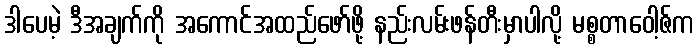
ဒါပေမဲ့ ဒီအချက်ကို အကောင်အထည်ဖော်ဖို့ နည်းလမ်းဖန်တီးမှာပါလို့ မစ္စတာဝေါ့ဇ်က